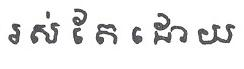
រស់ តែ ដោយ